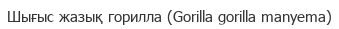
Шығыс жазық горилла (Gorilla gorilla manyema)